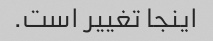
اینجا تغییر است.